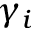
\gamma _ { i }